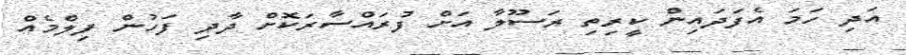
އަދި ހަމަ އެފަދައިން ކީރިތި ރަސޫލާ އަށް ފުރައްސާރަކޮށް ދާދި ފަހުން ފިލްމެއް